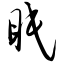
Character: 眠